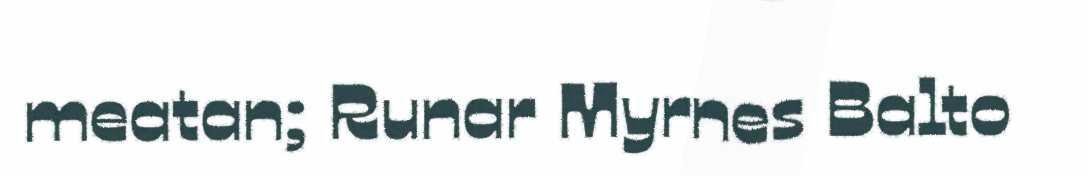
meatan; Runar Myrnes Balto